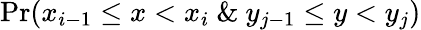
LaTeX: \mathrm{Pr}(x_{i-1}\leq x<x_{i}\ \& \ y_{j-1}\leq y<y_{j})